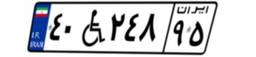
۴۰W۲۴۸۹۵